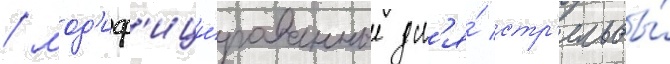
/ мод'иф'ици́рованные дл'я́ стр'ельбы́